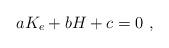
LaTeX: \begin{align*} aK_e+bH+c=0~,\end{align*}